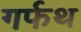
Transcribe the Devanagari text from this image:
गर्फथ